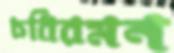
চবিরমন